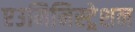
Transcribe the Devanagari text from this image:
एउमिनिस्ट्रेशन